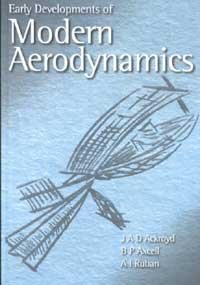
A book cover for Early Development of Modern Aerodynamics (Library of Flight); J. A. D. Ackroyd; Engineering & Transportation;